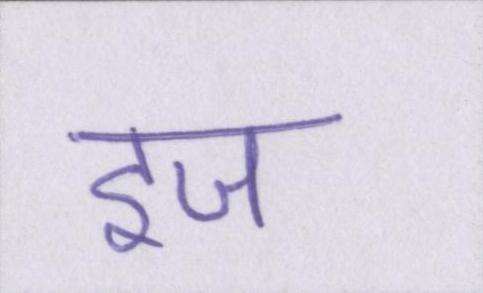
इज